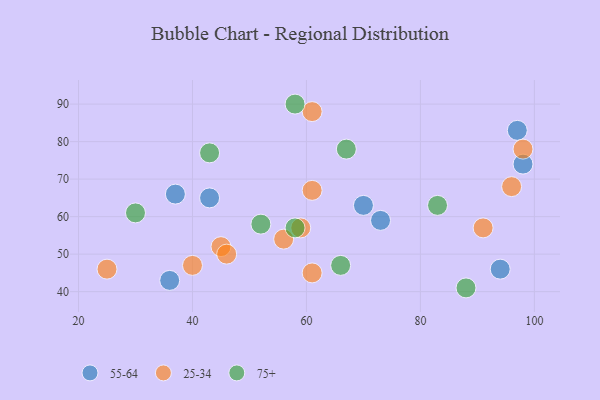
{"axis": {"x": "GDP", "y": "Life Expectancy"}, "legend": ["25-34", "55-64", "75+"], "data": [{"x": "70", "y": 63, "type": "55-64"}, {"x": "36", "y": 43, "type": "55-64"}, {"x": "37", "y": 66, "type": "55-64"}, {"x": "43", "y": 65, "type": "55-64"}, {"x": "94", "y": 46, "type": "55-64"}, {"x": "97", "y": 83, "type": "55-64"}, {"x": "98", "y": 74, "type": "55-64"}, {"x": "73", "y": 59, "type": "55-64"}, {"x": "61", "y": 67, "type": "25-34"}, {"x": "61", "y": 45, "type": "25-34"}, {"x": "56", "y": 54, "type": "25-34"}, {"x": "61", "y": 88, "type": "25-34"}, {"x": "91", "y": 57, "type": "25-34"}, {"x": "98", "y": 78, "type": "25-34"}, {"x": "45", "y": 52, "type": "25-34"}, {"x": "96", "y": 68, "type": "25-34"}, {"x": "25", "y": 46, "type": "25-34"}, {"x": "59", "y": 57, "type": "25-34"}, {"x": "46", "y": 50, "type": "25-34"}, {"x": "40", "y": 47, "type": "25-34"}, {"x": "30", "y": 61, "type": "75+"}, {"x": "52", "y": 58, "type": "75+"}, {"x": "58", "y": 90, "type": "75+"}, {"x": "88", "y": 41, "type": "75+"}, {"x": "58", "y": 57, "type": "75+"}, {"x": "43", "y": 77, "type": "75+"}, {"x": "66", "y": 47, "type": "75+"}, {"x": "83", "y": 63, "type": "75+"}, {"x": "67", "y": 78, "type": "75+"}]}